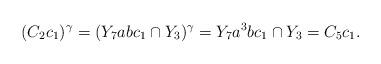
LaTeX: \begin{align*}(C_2c_1)^{\gamma}=(Y_7abc_1\cap Y_3)^{\gamma}=Y_7a^3bc_1\cap Y_3=C_5c_1.\end{align*}